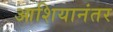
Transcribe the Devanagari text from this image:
आशियानंतर